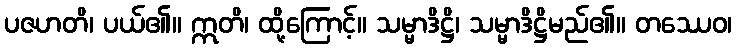
ပဇဟတိ၊ ပယ်၏။ ဣတိ၊ ထို့ကြောင့်။ သမ္မာဒိဋ္ဌိ၊ သမ္မာဒိဋ္ဌိမည်၏။ တဿေဝ၊